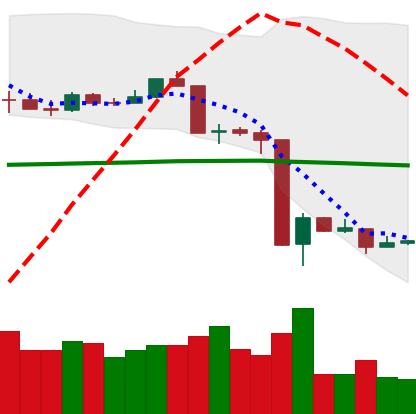
Ticker: ETH-USD
Chart end date: 2020-03-18
Forward return: 17.476%
Label: up_7plus